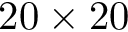
2 0 \times 2 0